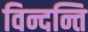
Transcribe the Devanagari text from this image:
विन्दन्ति